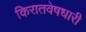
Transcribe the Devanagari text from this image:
किरातवेषधारी